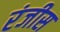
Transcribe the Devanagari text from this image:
रंजीस